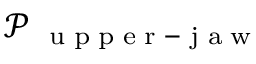
\mathscr P _ { \mathrm { ~ \tiny ~ u ~ p ~ p ~ e ~ r ~ - ~ j ~ a ~ w ~ } }